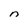
Character: n